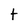
Character: t